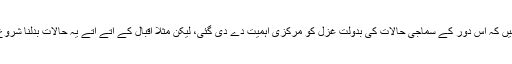
اس میں شک نہیں کہ اس دور کے سماجی حالات کی بدولت غزل کو مرکزی اہمیت دے دی گئی، لیکن مثلاً اقبال کے آتے آتے یہ حالات بدلنا شروع ہو گئے تھے۔